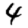
Digit: 4